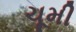
ચૂમી